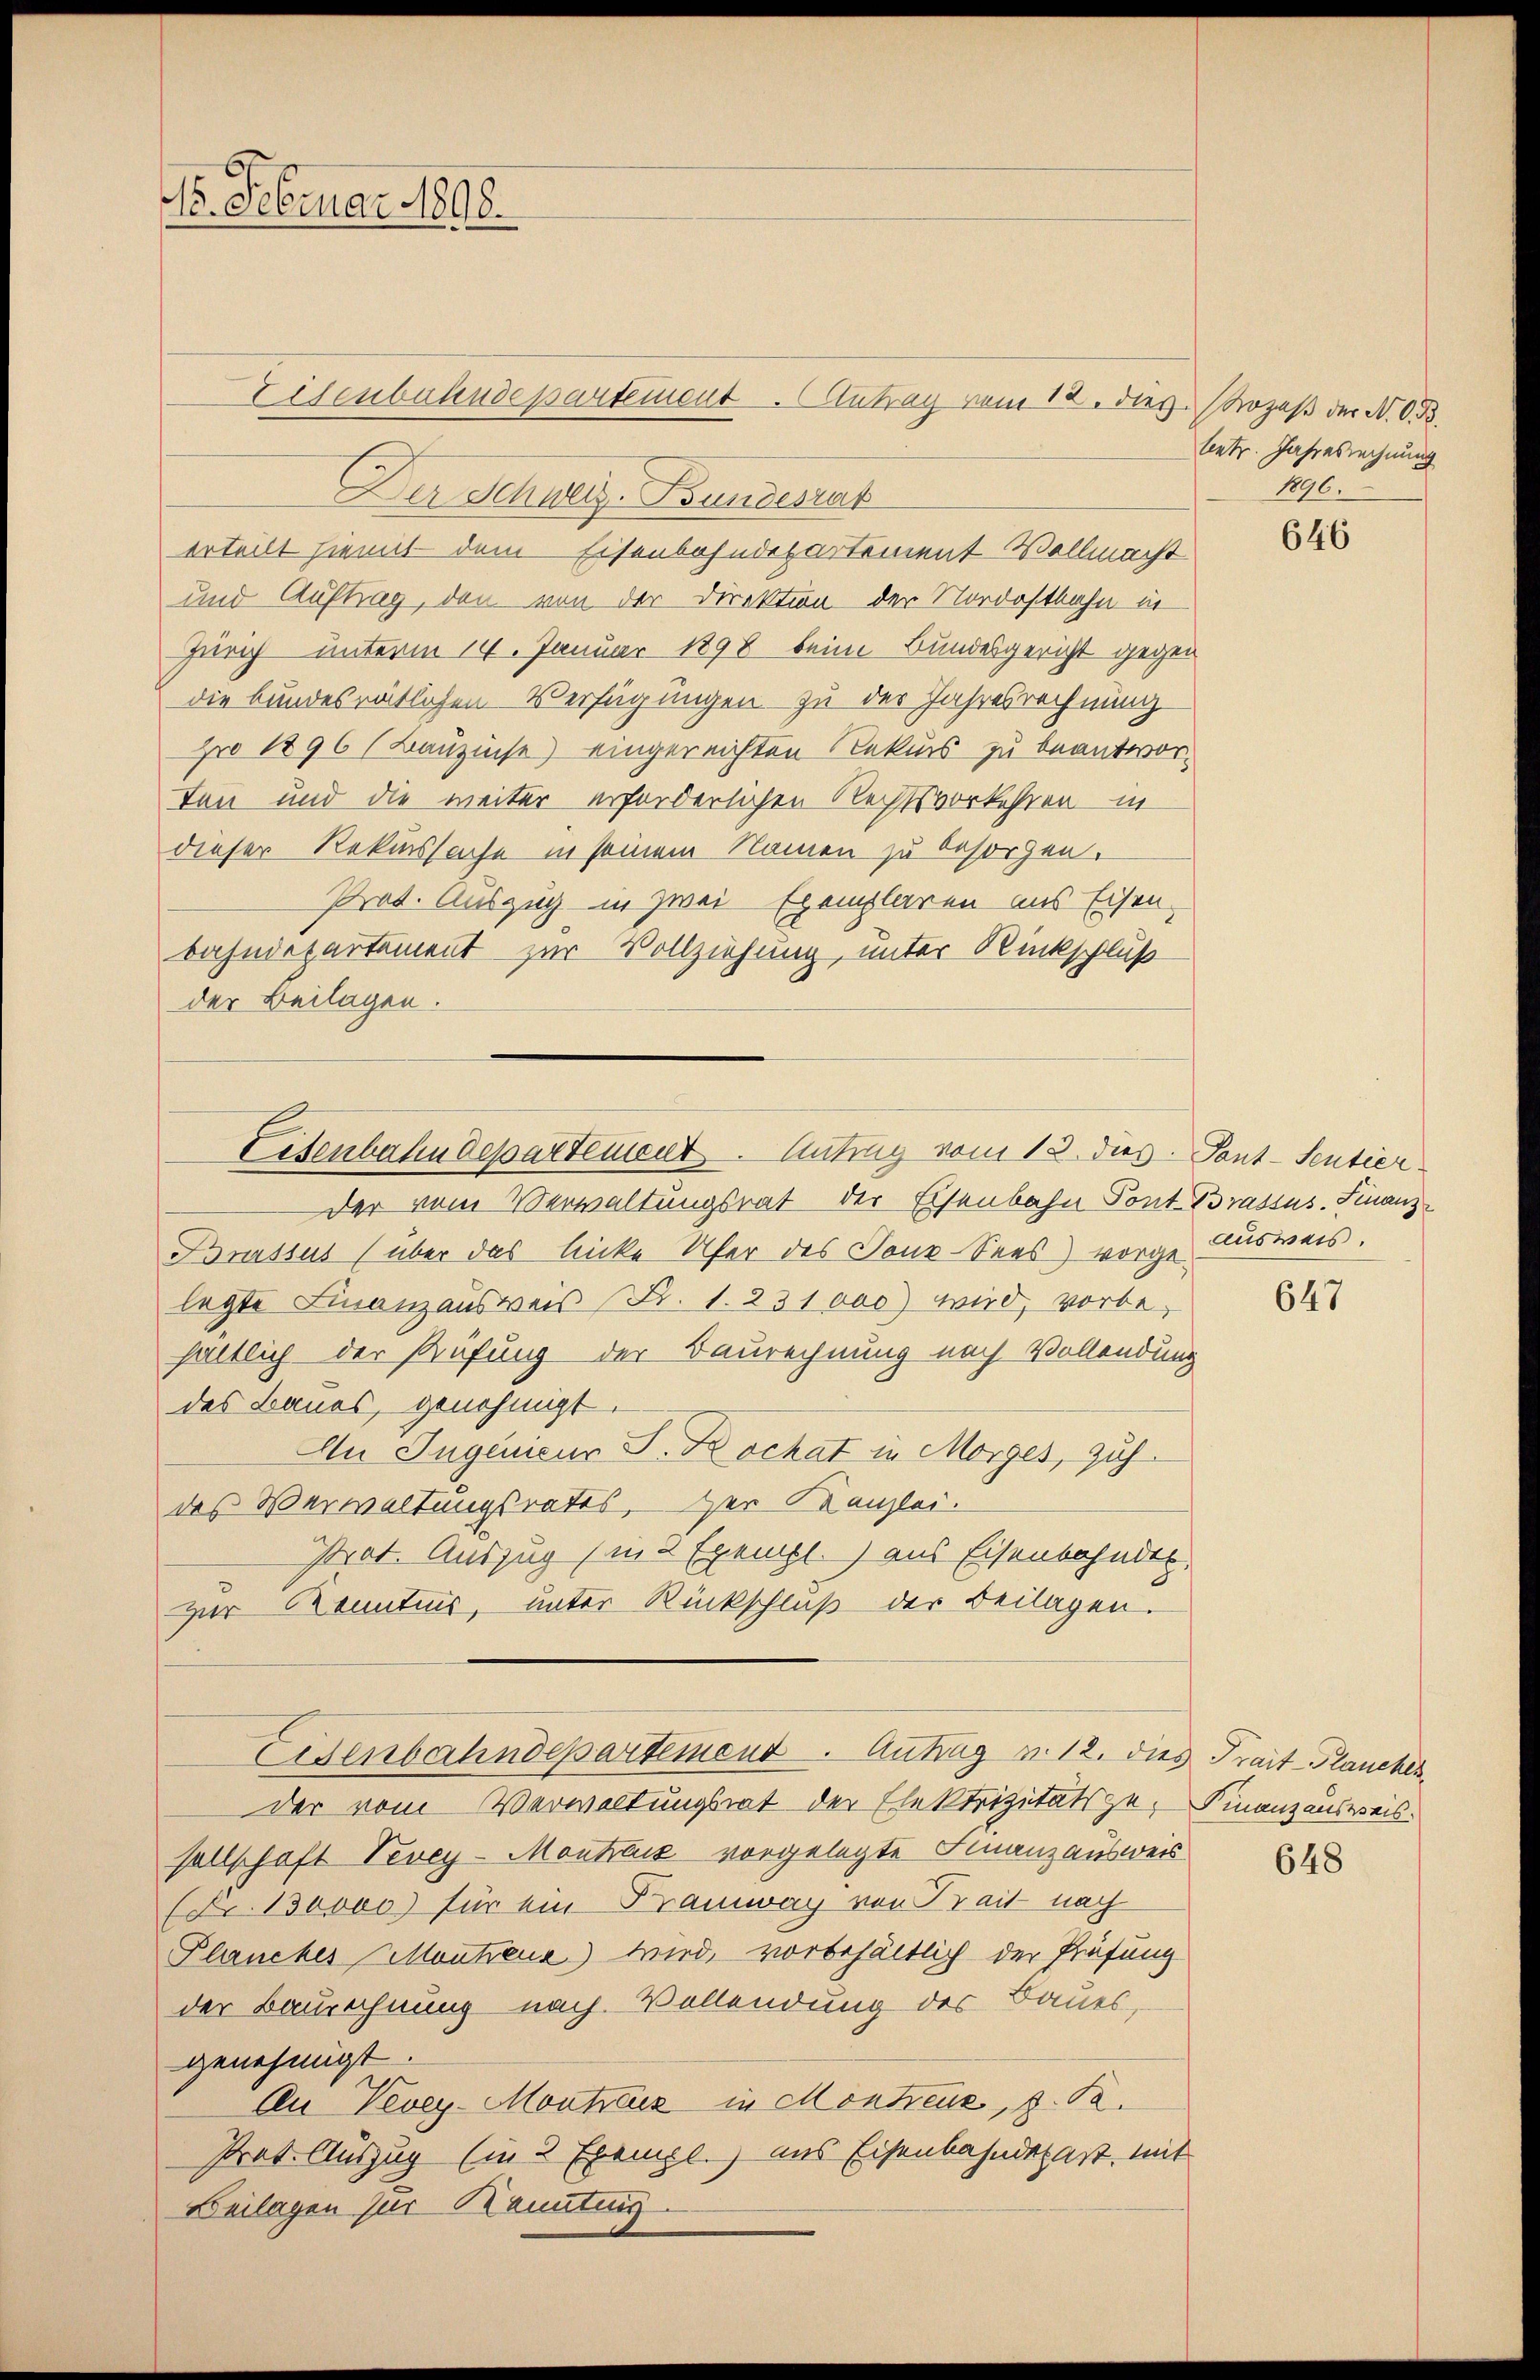
1. Februar 1898.

Eisenbahndepartement. Antrag vom 12. dieß. (Kozeß der N. O. B.
Der Schweiz. Bundesrat
erteilt hiemit dem Eisenbahndepartement Vollmacht
und Auftrag, den von der Direktion der Nordostbahn in
Zürich unterm 14. Januar 1898 beim Bundesgericht gegen
die bundesrätlichen Verfügungen zu der Jahresrechnung
pro 1896 (Bauzinse) eingereichten Rekurs zu beantwortan und die weiter erforderlichen Rechtsvorkehren in
dieser Rekurssache in seinem Namen zu besorgen.
Prot. Auszug in zwei Exemplaren aus Eisen-
bahndepartement zur Vollziehung, unter Rückschluß
der Beilagen.
der vom Verwaltungsrat der Eisenbahn Pont. Brassus. Finanz¬
Brussus (über das licke Ufer des Tons Sees) vorge Ausweis.
legte Finanzausweis (Fr. 1. 231000) wird, vorbehältlich der Prüfung der Baurechnung nach Vollendung
des Baues, genehmigt.
An Ingenieur S. Dr Schat in Morges, zähdes Verwaltungsrates, der Kanzlei.
Prat. Auszug (in 2 Exempl. aus Eisenbahnder
zur Kenntnis, unter Rückschluß der Beilagen.
Eisenbahndepartemend Antrag u. 12. dies Traut-Plancher
der vom Verwaltungsrat der Elektrizitätsze, Finanzausweis
sellschaft Vevey-Montrais vorgelegte Finanzausweis
(Fr. 130000) für ein Tramway von Trait nach
Planches Montreux) wird, vorbehältlich der Prüfung
der Baurechnung nach Vollendung des Baues,
genehmigt.
An Vevey-Montrácz in Montreux, z. B.
Prat. Auszug (in 2 Exempl. aus Eisenbahndepart mit
Beilagen zur Kennting.

Litenbahndepartement. Antrag vom 13. des Pont-Sentier

leetr. Jahresrechnung
1896.

646

647

648